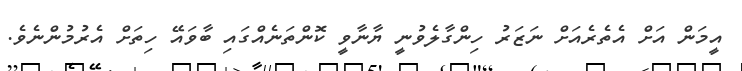
އީމަން އަށް އެތެރެއަށް ނަޒަރު ހިންގާލެވުނީ ޔާނާވީ ކޮންތަނެއްގައި ބާވައޭ ހިތަށް އެރުމުންނެވެ.